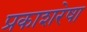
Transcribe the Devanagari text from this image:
प्रकाशरेषा